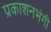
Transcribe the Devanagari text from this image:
प्रकाशनभंगी